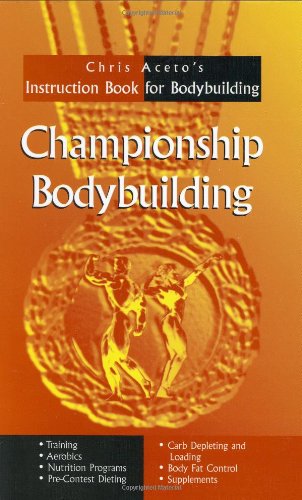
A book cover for Championship Bodybuilding: Chris Aceto's Instruction Book For Bodybuilding; Chris Aceto; Health, Fitness & Dieting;